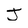
Character: J